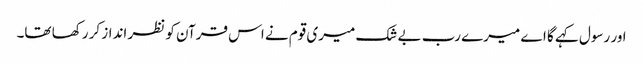
اور رسول کہے گا اے میرے رب بے شک میری قوم نے اس قرآن کو نظر انداز کر رکھا تھا۔